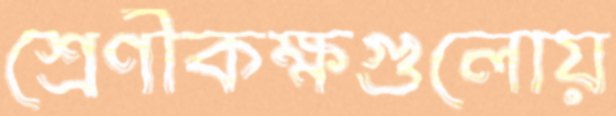
শ্রেণীকক্ষগুলোয়